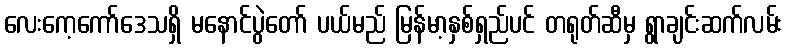
လေးကေ့ကော်ဒေသရှိ မနောင်ပွဲတော် ပယ်မည် မြန်မာ့နှစ်ရှည်ပင် တရုတ်ဆီမှ ရွာချင်းဆက်လမ်း